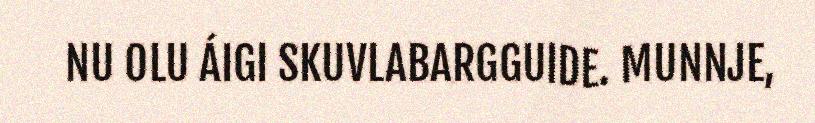
NU OLU ÁIGI SKUVLABARGGUIDE. MUNNJE,